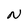
Character: N